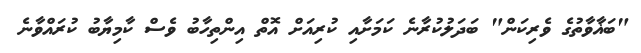
"ބަޣާވާތުގެ ވެރިކަން" ބަދަލުކުރާނެ ކަމަށާއި ކުރިއަށް އޮތް އިންތިހާބު ވެސް ކާމިޔާބު ކުރައްވާނެ